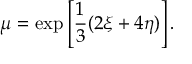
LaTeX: \mu = \exp \left[ \frac { 1 } { 3 } ( 2 \xi + 4 \eta ) \right] .